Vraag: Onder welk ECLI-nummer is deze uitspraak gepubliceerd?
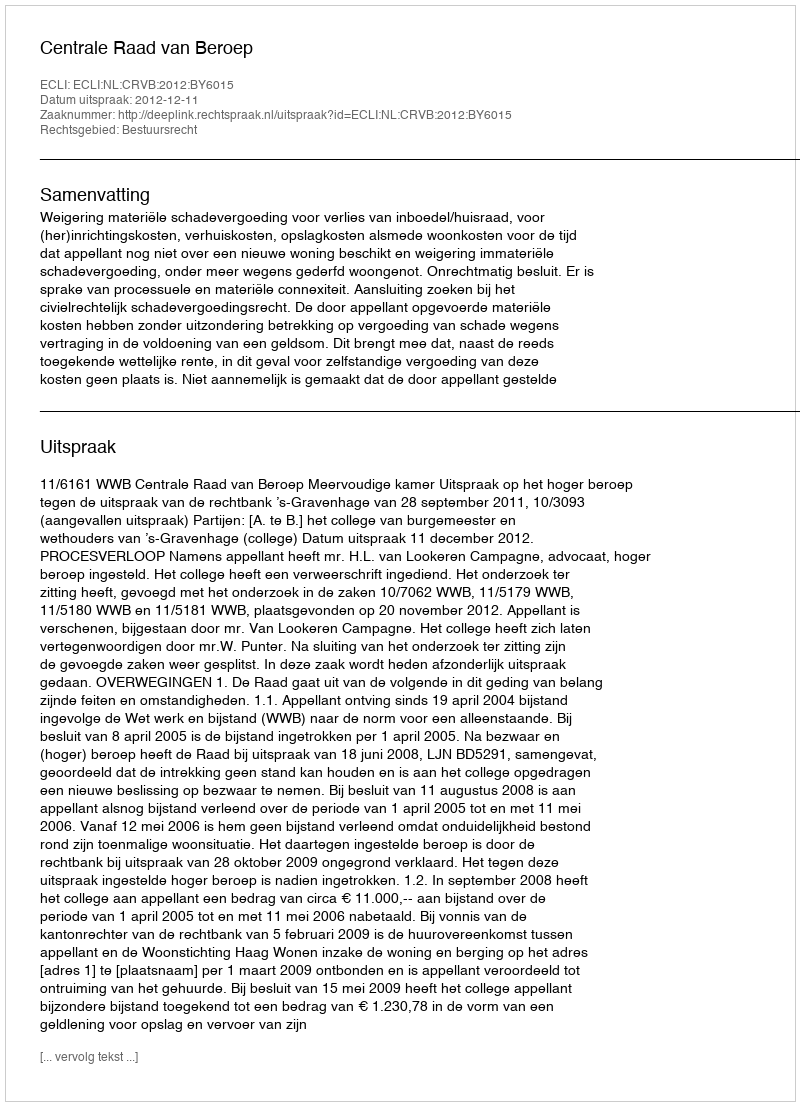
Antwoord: ECLI:NL:CRVB:2012:BY6015